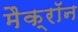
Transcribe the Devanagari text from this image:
मैक्रॉन